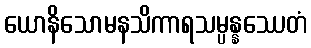
ယောနိသောမနသိကာရသမ္ပန္နဿေတံ